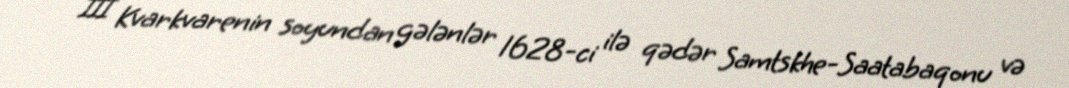
III Kvarkvarenin soyundan gələnlər 1628-ci ilə qədər Samtskhe-Saatabaqonu və